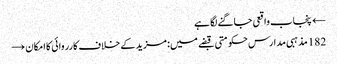
← پنجاب واقعی جاگنے لگا ہے
182 مذہبی مدارس حکومتی قبضے میں: مزید کے خلاف کارروائی کا امکان →